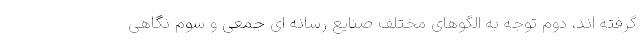
گرفته اند، دوم توجه به الگوهای مختلف صنایع رسانه ای جمعی و سوم نگاهی